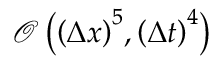
\mathcal { O } \left( { { \left( \Delta x \right) } ^ { 5 } } , { { \left( \Delta t \right) } ^ { 4 } } \right)